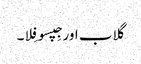
گلاب اور جِپسوفِلا۔